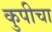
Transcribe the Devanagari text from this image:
कुपीचा